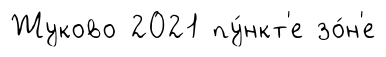
Жуково 2021 пу́нкт'е зо́н'е